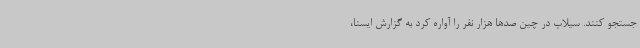
جستجو کنند. سیلاب در چین صدها هزار نفر را آواره کرد به گزارش ایسنا،